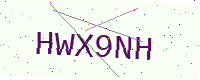
Text: HWX9NH